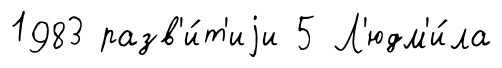
1983 разв'и́т'иjи 5 Л'юдм'и́ла